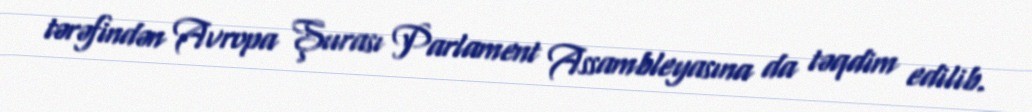
tərəfindən Avropa Şurası Parlament Assambleyasına da təqdim edilib.